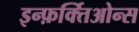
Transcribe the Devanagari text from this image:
इन्फ़र्क्तिओन्स